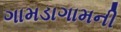
ગામડાગામની